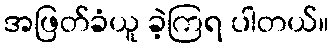
အဖြတ်ခံယူ ခဲ့ကြရ ပါတယ်။